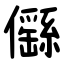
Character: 㒡